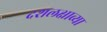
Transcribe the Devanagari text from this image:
दशलक्षाव्या